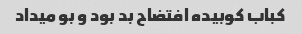
کباب کوبیده افتضاح بد بود و بو میداد